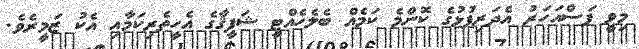
މިވީ ފަސްއަހަރު އެދަރިފުޅުގެ ކޮންމެ ކަމެއް ބެލެހެއްޓީ ޝަފީޤާގެ އެހީތެރިކަމާއި އެކު ޒަމީރެވެ.